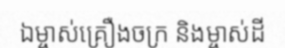
ឯម្ចាស់គ្រឿងចក្រ និងម្ចាស់ដី